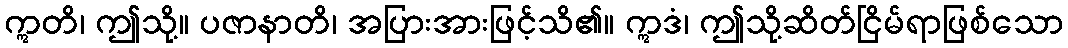
ဣတိ၊ ဤသို့။ ပဇာနာတိ၊ အပြားအားဖြင့်သိ၏။ ဣဒံ၊ ဤသို့ဆိတ်ငြိမ်ရာဖြစ်သော